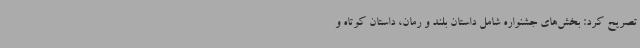
تصریح کرد: بخش‌های جشنواره شامل داستان بلند و رمان، داستان کوتاه و